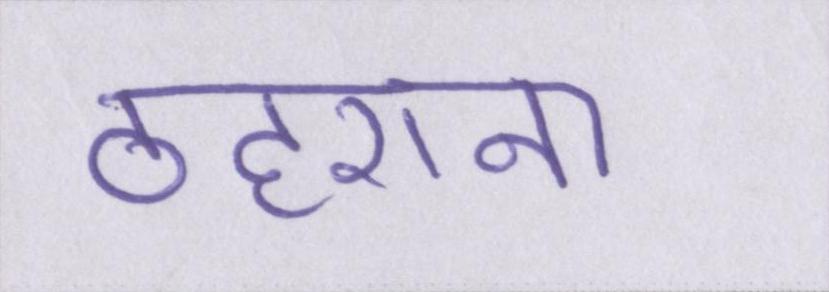
ठहराना